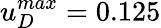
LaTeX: u_{D}^{max}=0.125